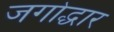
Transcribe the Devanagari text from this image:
जगोद्धार